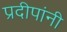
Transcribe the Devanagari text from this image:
प्रदीपांनी